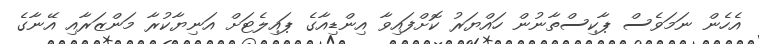
އެހެން ނަމަވެސް ޕާކިސްތާނުން ހައްޔަރު ކޮށްފައިވާ އިންޑިއާގެ ޕައިލެޓަށް އަނިޔާކުރާ މަންޒަރާއި އޭނާގެ